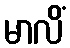
မာလိံ